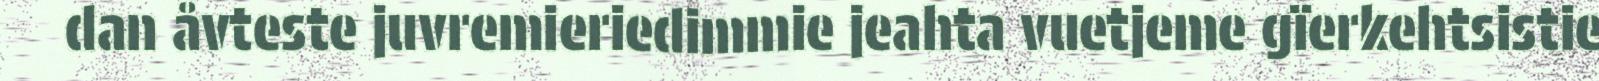
dan åvteste juvremieriedimmie jeahta vuetjeme gïerkehtsistie